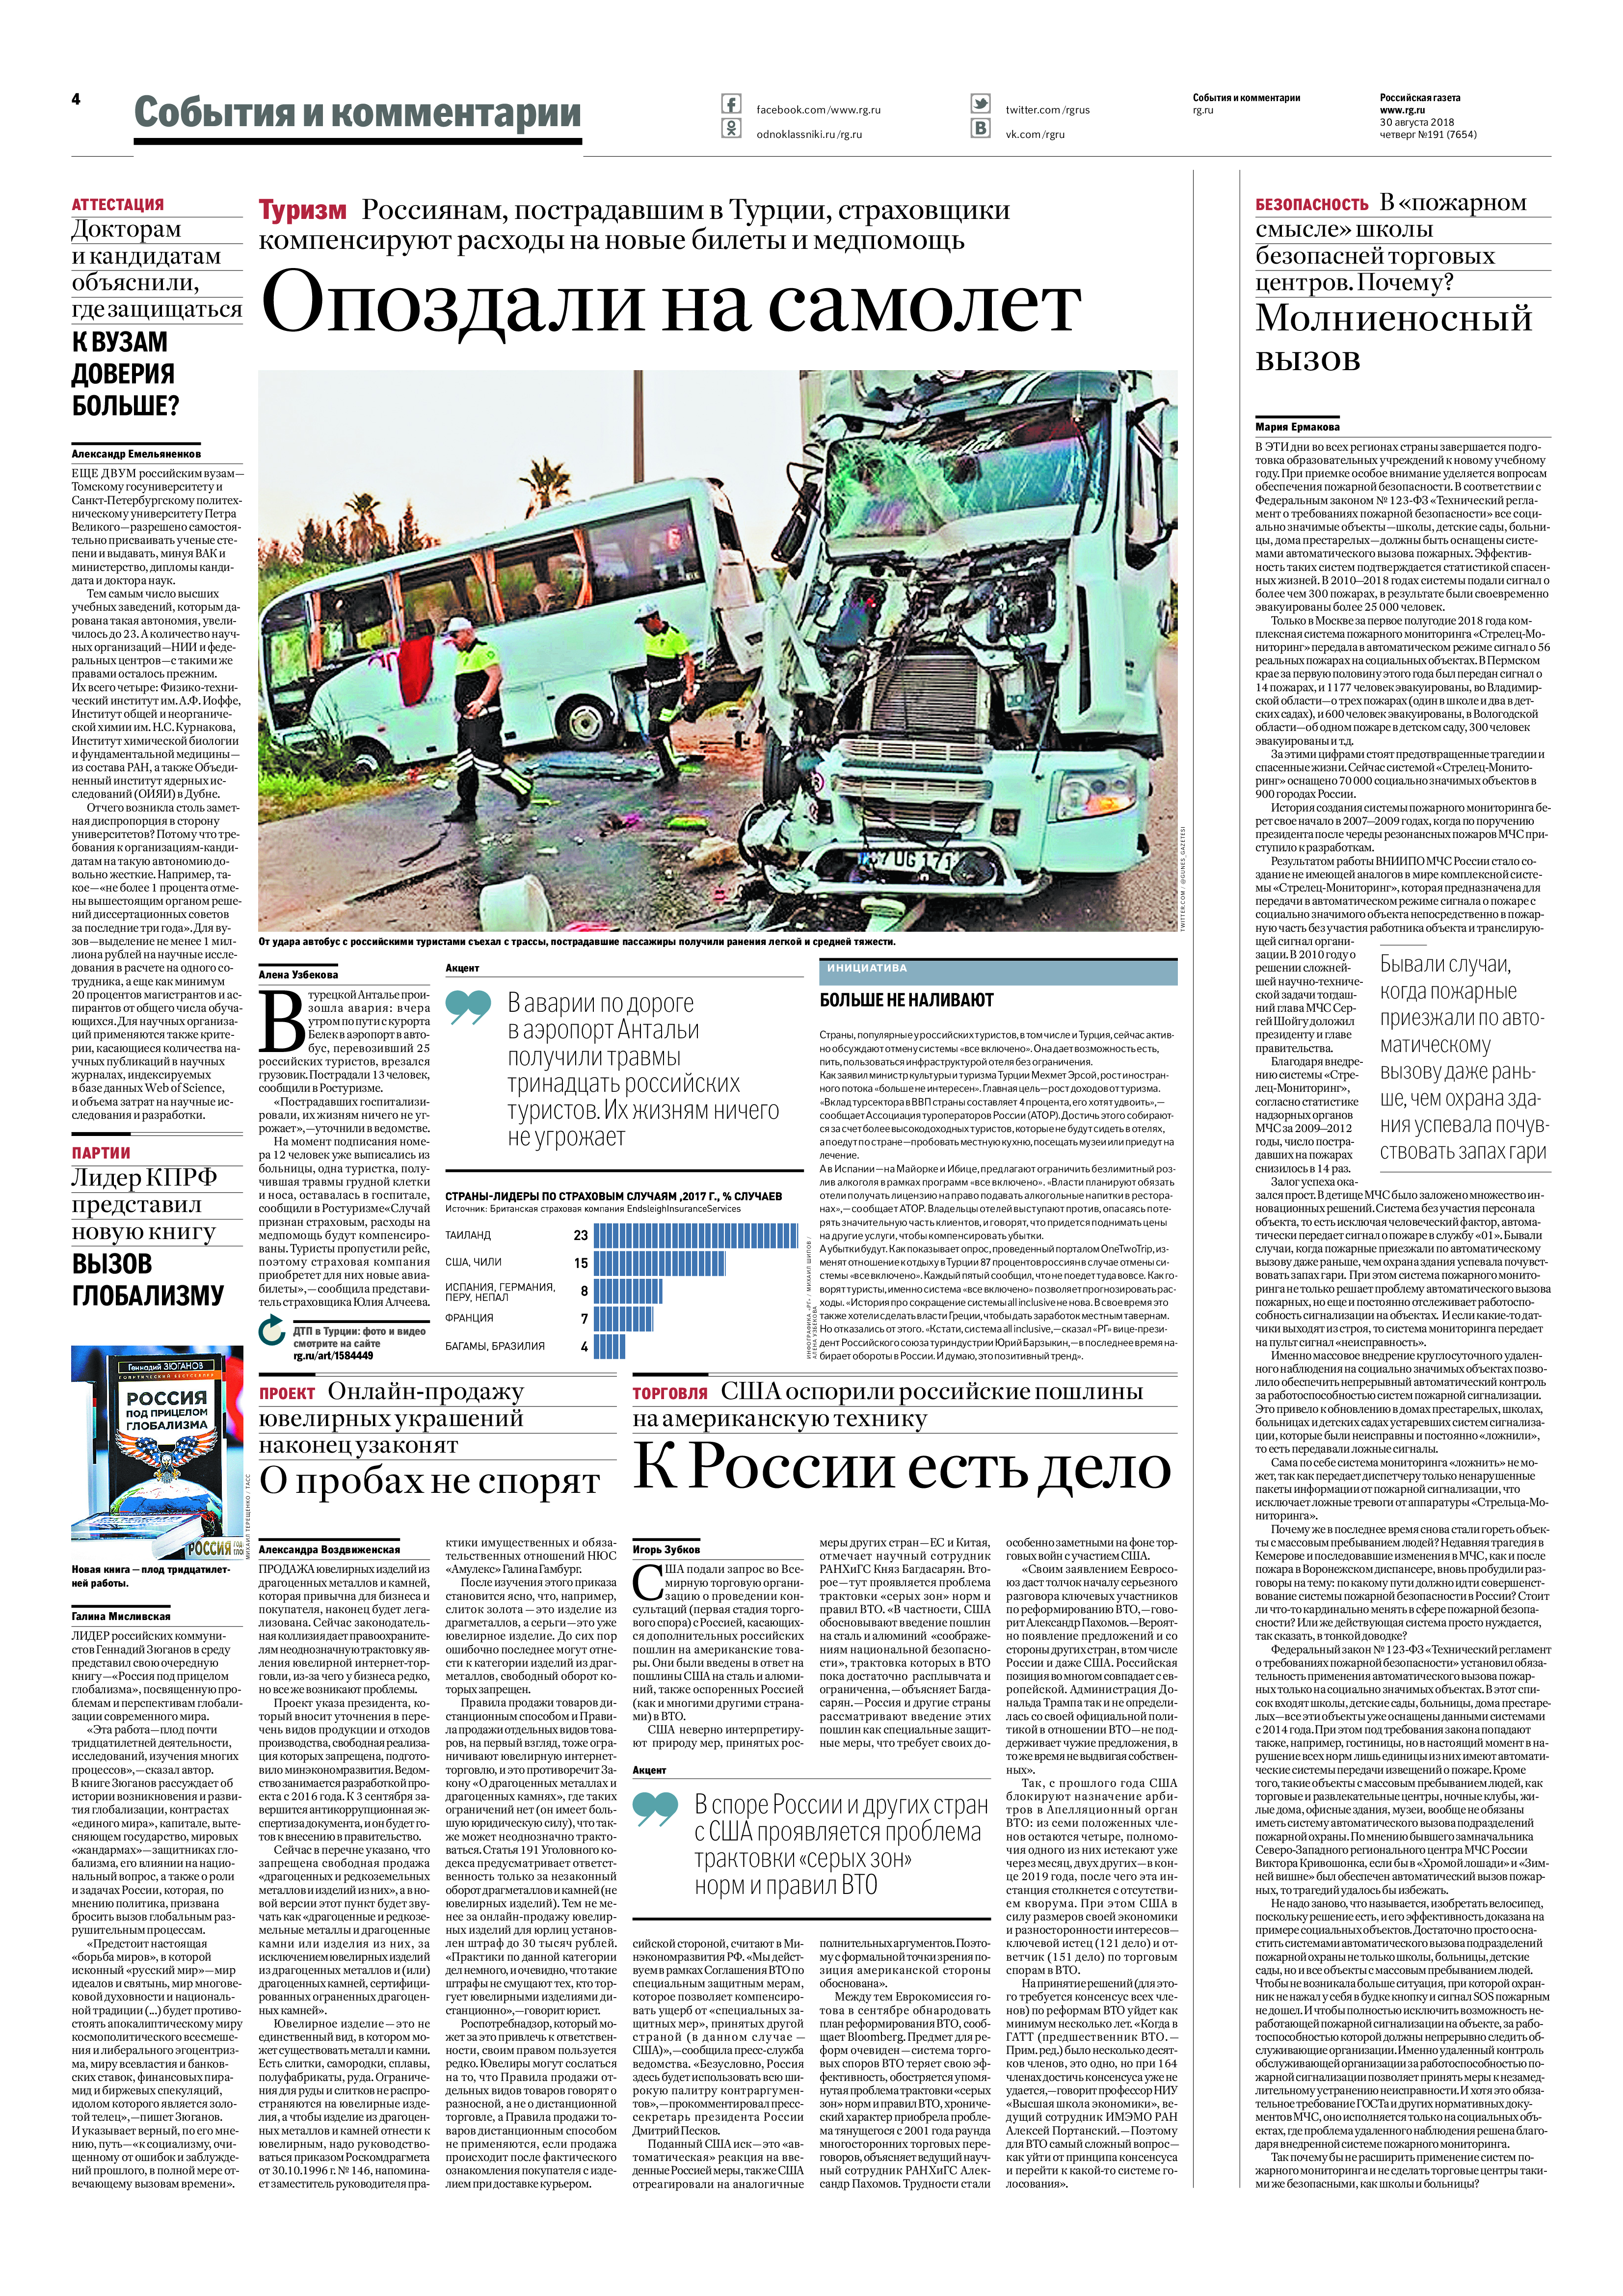
Language: ru